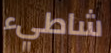
شاطيء